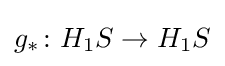
g_{*}\colon H_{1}S\to H_{1}S